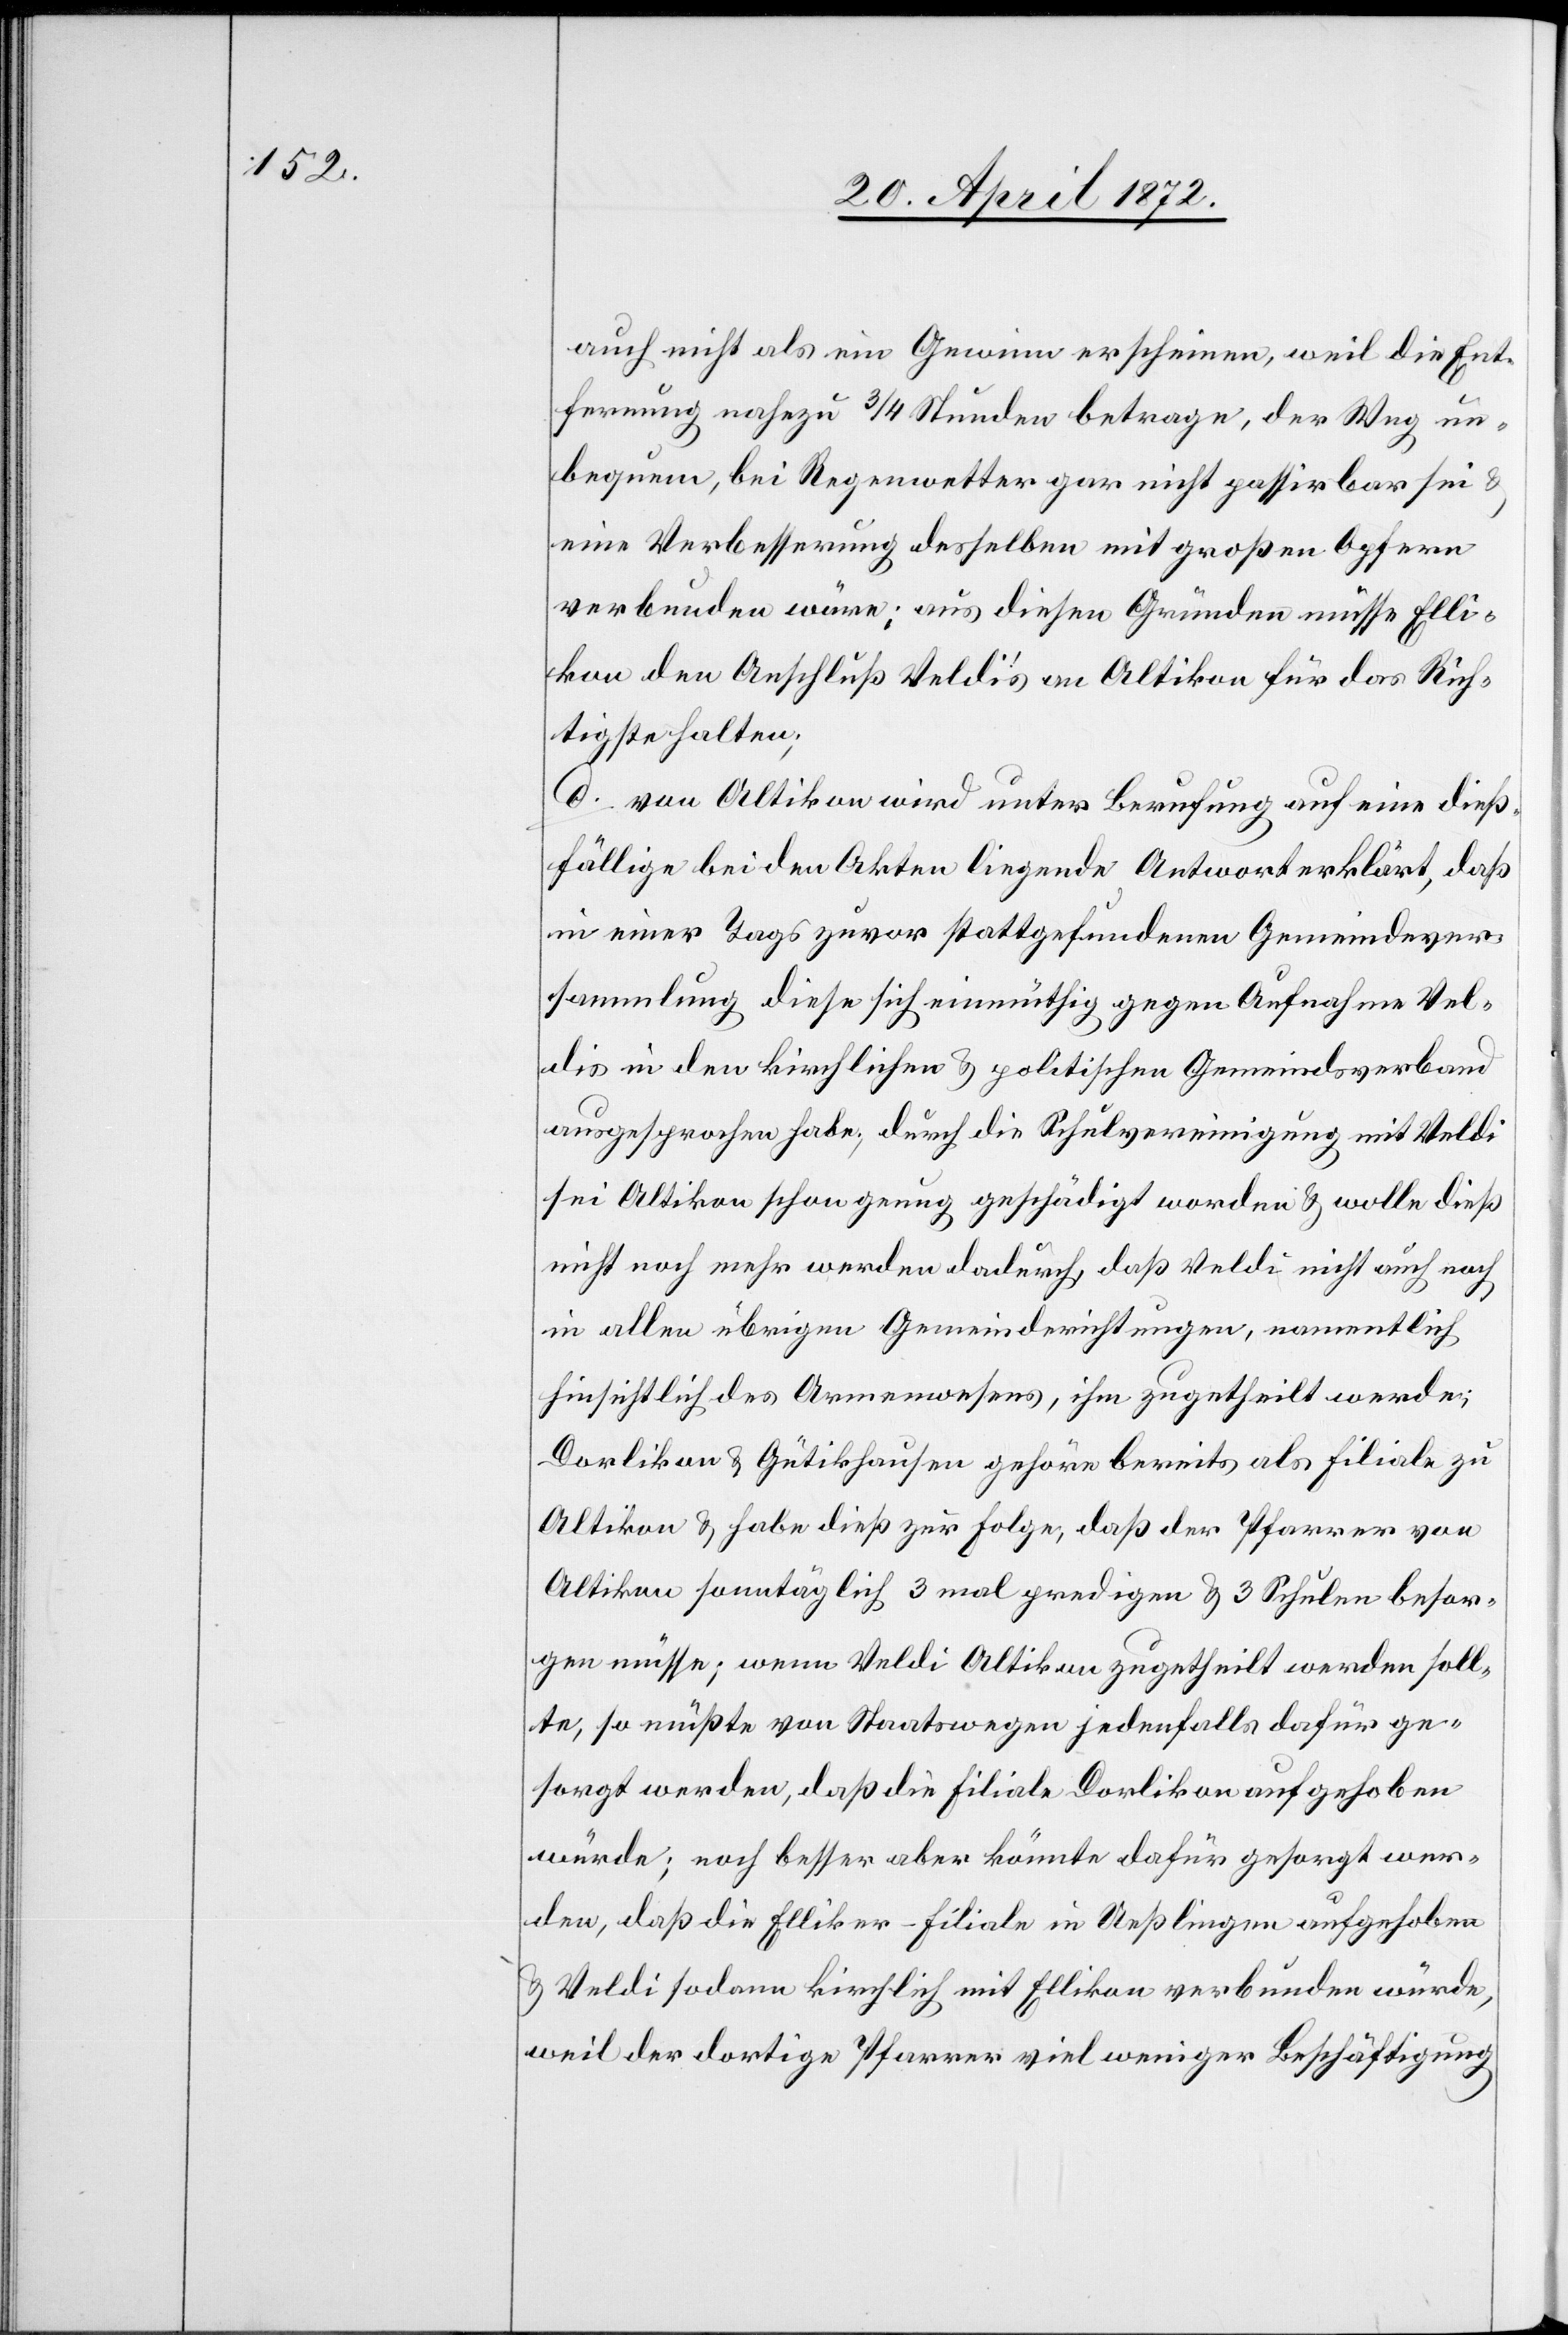
auch nicht als ein Gewinn erscheinen, weil die Ent¬
fernung nahezu 3/4 Stunden betrage, der Weg un¬
bequem, bei Regenwetter gar nicht passirbar sei u.
eine Verbesserung desselben mit großen Opfern
verbunden wäre; aus diesen Gründen müsse Elli¬
kon den Anschluß Veldi’s an Altikon für das Rich¬
tigste halten;
d. von Altikon wird unter Berufung auf eine dieß¬
fällige bei den Akten liegende Antwort erklärt, daß
in einer Tags zuvor stattgefundenen Gemeindever¬
sammlung diese sich einmüthig gegen Aufnahme Vel¬
dis in den kirchlichen u. politischen Gemeindsverband
ausgesprochen habe; durch die Schulvereinigung mit Veldi
sei Altikon schon genug geschädigt worden u. wolle dieß
nicht noch mehr werden dadurch, daß Veldi nicht auch nach
in allen übrigen Gemeinderichtungen, namentlich
hinsichtlich des Armenwesens, ihm zugetheilt werde;
Dorlikon u. Gütikon gehöre bereits als Filiale zu
Altikon u. habe dieß zur Folge, daß der Pfarrer von
Altikon sonntäglich 3 mal predigen u. 3 Schulen besor¬
gen müsse; wenn Veldi Altikon zugetheilt werden soll¬
te, so müßte von Staatswegen jedenfalls dafür ge¬
sorgt werden, daß die Filiale Dorlikon aufgehoben
würde; noch besser aber könnte dafür gesorgt wer¬
den, daß die Elliker-Filiale in Ueßlingen aufgehoben
u. Veldi sodann kirchlich mit Ellikon verbunden würde,
weil der dortige Pfarrer viel weniger Beschäftigung